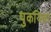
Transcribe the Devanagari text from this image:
पुकयिला